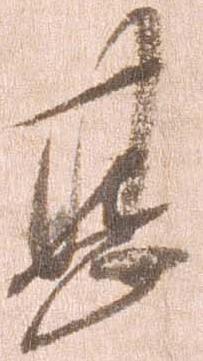
甚